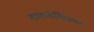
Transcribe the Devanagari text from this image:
नानादेशिकल।